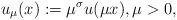
LaTeX: \begin{align*} u_\mu(x):=\mu^{\sigma}u(\mu x), \mu>0,\end{align*}